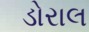
ડોરાલ